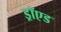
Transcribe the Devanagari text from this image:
ड्रॉएड